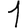
Digit: 1